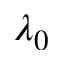
\lambda _ { 0 }